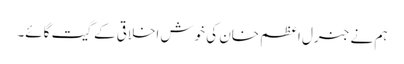
ہم نے جنرل اعظم خان کی خوش اخلاقی کے گیت گائے۔